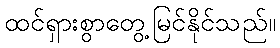
ထင်ရှားစွာတွေ့မြင်နိုင်သည်။